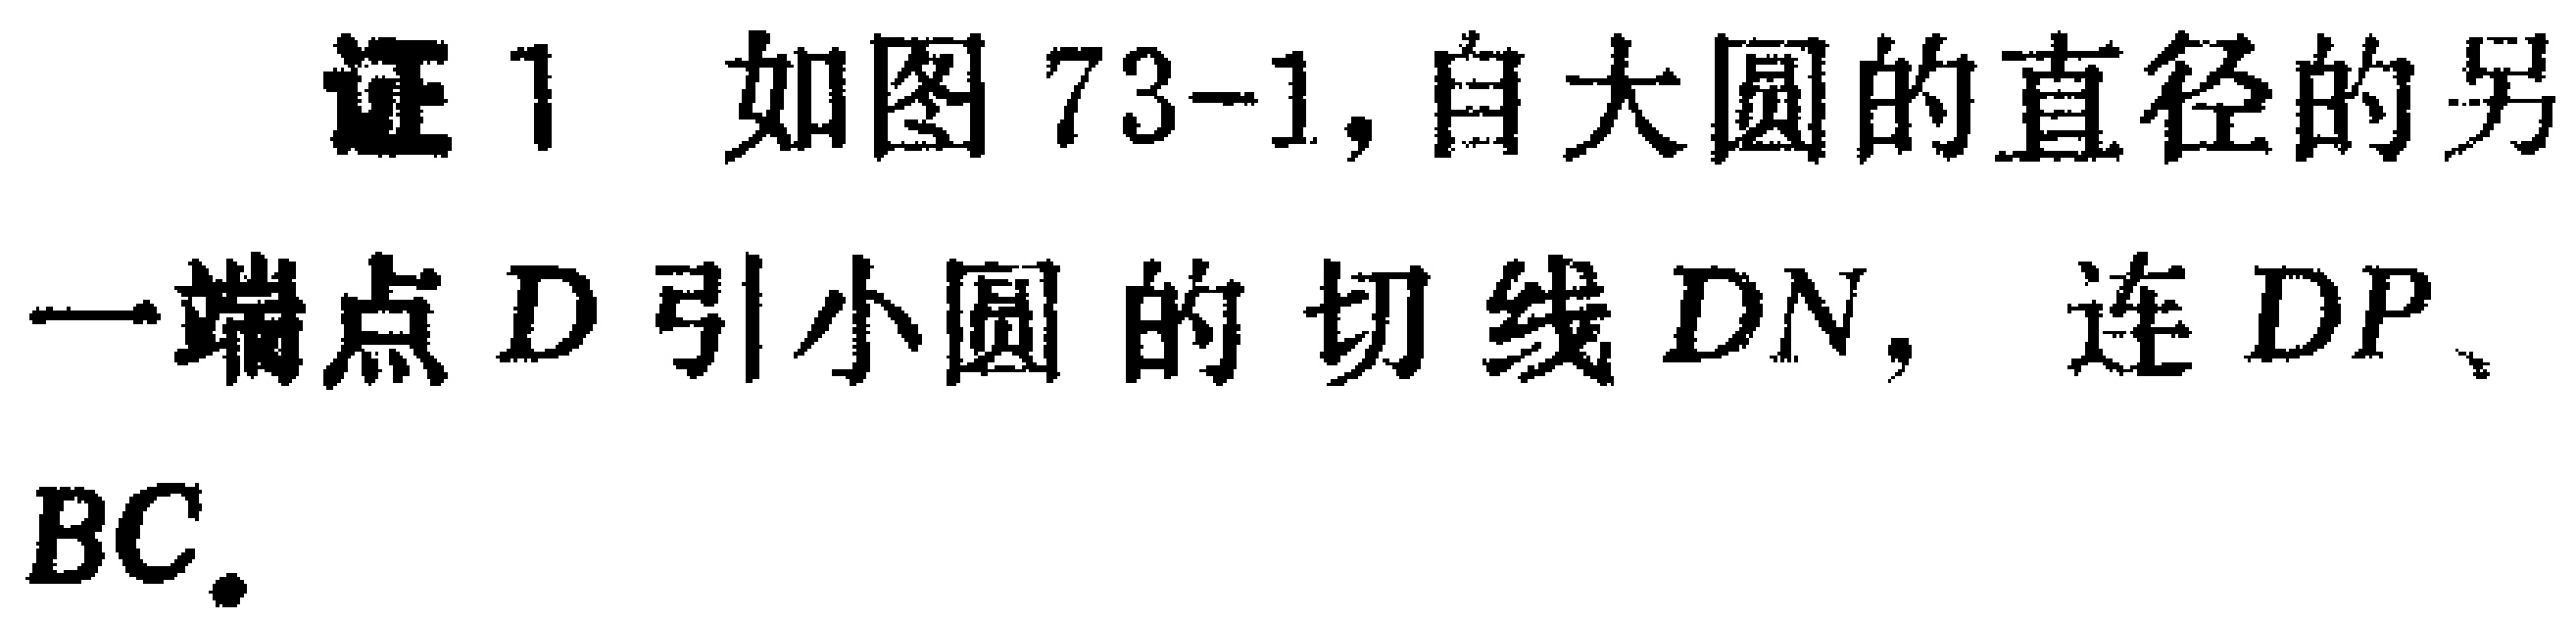
证1 如图73-1,自大圆的直径的另一端点\(D\)引小圆的切线\(DN\)，连\(DP\)、\(BC\).